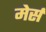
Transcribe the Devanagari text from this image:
मेर्स